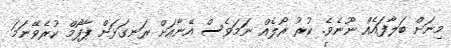
މިނަށް ބަލާފައެއް ނޫނެވެ. ކުރު ރޯލެއް ނަމަވެސް އޭނާއަށް ރަނގަޅަށް ޕާފޯމް ކުރެވޭނަމަ